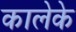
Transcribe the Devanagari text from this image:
कालेके